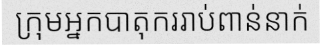
ក្រុមអ្នកបាតុកររាប់ពាន់នាក់